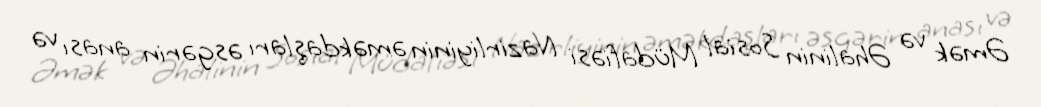
Əmək və Əhalinin Sosial Müdafiəsi Nazirliyinin əməkdaşları əsgərin anası və